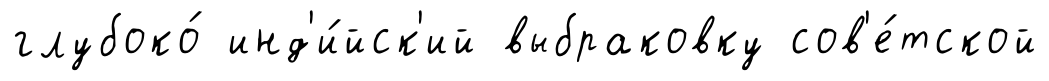
глубоко́ инд'и́йск'ий выбраковку сов'е́тской